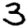
Digit: 3